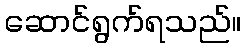
ဆောင်ရွက်ရသည်။